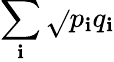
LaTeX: \sum_{\mathbf{i}}{\sqrt{}{{p_{\mathbf{i}}q_{\mathbf{i}}}}}